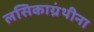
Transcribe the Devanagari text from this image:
लसिकाग्रंथीना